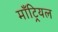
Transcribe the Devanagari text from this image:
माँट्रियल